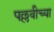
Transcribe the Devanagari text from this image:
पल्लवीच्या